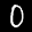
Label: 0